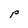
Character: p